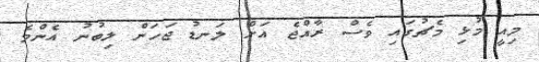
މިއީ މުޅި މެޗުގައި ވެސް ރާއްޖެ އަށް ލަނޑު ޖަހަން ލިބުނު އެންމެ